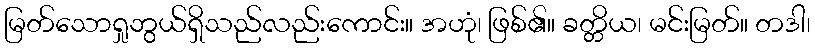
မြတ်သောရှုဘွယ်ရှိသည်လည်းကောင်း။ အဟုံ၊ ဖြစ်၏။ ခတ္တိယ၊ မင်းမြတ်။ တဒါ၊